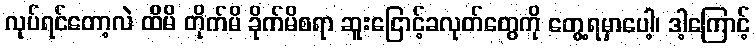
လုပ်ရင်တော့လဲ ထိမိ တိုက်မိ ခိုက်မိစရာ ဆူးငြောင့်ခလုတ်တွေကို တွေ့ရမှာပေါ့၊ ဒါ့ကြောင့်